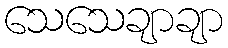
သေသေချာချာ